Vaccination United Provinces of Agra and Oudh 1914-1922 - 1914-1922
Year: 1914
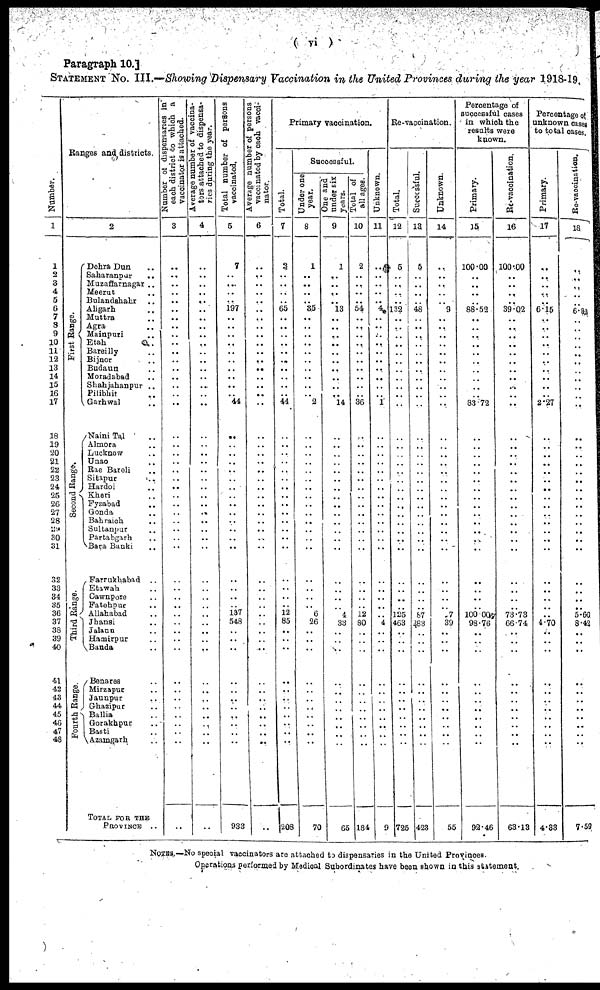
( vi )
Paragraph 10.]
STATEMENT No. III.—Showing Dispensary Vaccination in the United Provinces during the year 1918-19
Number.
1
1
2
3
4
5
6
7
8
9
10
11
12
13
14
15
16
17
18
19
20
21
22
23
24
25
26
27
28
29
30
31
32
33
34
35
36
37
38
39
40
41
42
43
44
45
46
47
48
Ranges and districts.
2
First Range.
Second Range.
Third Range.
Fourth Range.
Dehra Dun ..
Saharanpur ..
Muzaffarnagar ..
Meerut ..
Bulandshahr ..
Aligarh ..
Muttra ..
Agra ..
Mainpuri ..
Etah ..
Bareilly ..
Bijnor ..
Budaun ..
Moradabad ..
Shahjahanpur ..
Pilibhit ..
Garhwal ..
Naini Ta1 ..
A1mora ..
Lucknow ..
Unao ..
Rae Bareli ..
Sitapur ..
Hardoi ..
Kheri ..
Fyzabad ..
Gonda ..
Bahraich ..
Sultanpur ..
Partabgarh ..
Bara Banki ..
Farrukhabad ..
Etawah ..
Cawnpore ..
Fatehpur ..
Allahabad ..
Jhansi ..
Jalaun ..
Hamirpur ..
Banda ..
Benares ..
Mirzapur ..
Jaunpur ..
Ghazipur ..
Ballia ..
Gorakhpur ..
Basti ..
Azamgarh ..
TOTAL FOR THE
PROVINCE ..
Number of dispensaries in
each district to which
vaccinator it attached.
3
..
..
..
..
..
..
..
..
..
..
..
..
..
..
..
..
..
..
..
..
..
..
..
..
..
..
..
..
..
..
..
..
..
..
..
..
..
..
..
..
..
..
..
..
..
..
..
..
..
Average number of vaccina-
tors attached to dispensa-
ries during the year.
4
..
..
..
..
..
..
..
..
..
..
..
..
..
..
..
..
..
..
..
..
..
..
..
..
..
..
..
..
..
..
..
..
..
..
..
..
..
..
..
..
..
..
..
..
..
..
..
..
..
Total number of persons
vaccinated.
5
7
..
..
..
..
197
..
..
..
..
..
..
..
..
..
..
44
..
..
..
..
..
..
..
..
..
..
..
..
..
..
..
..
..
..
137
548
..
..
..
..
..
..
..
..
..
..
..
933
Average number of persons
vaccinated by each vacci-
nator
6
..
..
..
..
..
..
..
..
..
..
..
..
..
..
..
..
..
..
..
..
..
..
..
..
..
..
..
..
..
..
..
..
..
..
..
..
..
..
..
..
..
..
..
..
..
..
..
..
..
Primary vaccination.
Total.
7
2
..
..
..
..
65
..
..
..
..
..
..
..
..
..
..
44
..
..
..
..
..
..
..
..
..
..
..
..
..
..
..
..
..
..
12
85
..
..
..
..
..
..
..
..
..
..
..
208
Successful.
Under one
year.
8
1
..
..
..
..
35
..
..
..
..
..
..
..
..
..
..
2
..
..
..
..
..
..
..
..
..
..
..
..
..
..
..
..
..
..
6
26
..
..
..
..
..
..
..
..
..
..
..
70
One and
under six
years.
9
1
..
..
..
..
13
..
..
..
..
..
..
..
..
..
..
14
..
..
..
..
..
..
..
..
..
..
..
..
..
..
..
..
..
..
4
33
..
..
..
..
..
..
..
..
..
..
..
65
Total of
all ages.
10
2
..
..
..
..
54
..
..
..
..
..
..
..
..
..
..
36
..
..
..
..
..
..
..
..
..
..
..
..
..
..
..
..
..
..
12
80
..
..
..
..
..
..
..
..
..
..
..
184
Unknown.
11
..
..
..
..
..
4
..
..
..
..
..
..
..
..
..
..
1
..
..
..
..
..
..
..
..
..
..
..
..
..
..
..
..
..
..
..
4
..
..
..
..
..
..
..
..
..
..
..
9
Re-vaccination.
Total.
12
5
..
..
..
..
132
..
..
..
..
..
..
..
..
..
..
..
..
..
..
..
..
..
..
..
..
..
..
..
..
..
..
..
..
..
125
463
..
..
..
..
..
..
..
..
..
..
..
725
Successful.
13
5
..
..
..
..
48
..
..
..
..
..
..
..
..
..
..
..
..
..
..
..
..
..
..
..
..
..
..
..
..
..
..
..
..
..
87
283
..
..
..
..
..
..
..
..
..
..
..
423
Unknown.
14
..
..
..
..
..
9
..
..
..
..
..
..
..
..
..
..
..
..
..
..
..
..
..
..
..
..
..
..
..
..
..
..
..
..
..
37
39
..
..
..
..
..
..
..
..
..
..
..
55
Percentage of
successful cases
in which the
results were
known.
Primary.
15
100.00
..
..
..
..
88.52
..
..
..
..
..
..
..
..
..
..
83.72
..
..
..
..
..
..
..
..
..
..
..
..
..
..
..
..
..
..
100.00
98.76
..
..
..
..
..
..
..
..
..
..
..
92.46
Re-vaccination.
16
100.00
..
..
..
..
39.02
..
..
..
..
..
..
..
..
..
..
..
..
..
..
..
..
..
..
..
..
..
..
..
..
..
..
..
..
..
73.73
66.74
..
..
..
..
..
..
..
..
..
..
..
63.13
Percentage of
unknown cases
to total cases.
Primary.
17
..
..
..
..
..
6.15
..
..
..
..
..
..
..
..
..
..
2.27
..
..
..
..
..
..
..
..
..
..
..
..
..
..
..
..
..
..
..
4.70
..
..
..
..
..
..
..
..
..
..
..
4.33
Re-vaccination.
18
..
..
..
..
..
6.82
..
..
..
..
..
..
..
..
..
..
..
..
..
..
..
..
..
..
..
..
..
..
..
..
..
..
..
..
..
5.60
8.42
..
..
..
..
..
..
..
..
..
..
..
7.59
NOTES.—No special vaccinators are attached to dispensaries in the United Provinces
Operations performed by Medical Subordinates have been shown in this statement.